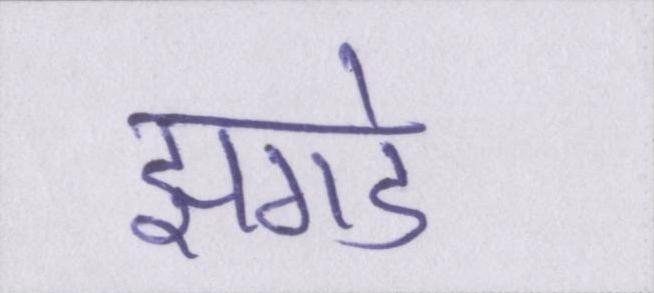
झगडे